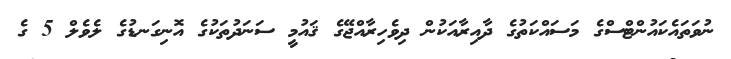
ނުވަތައެކައުންޓްސްގެ މަސައްކަތުގެ ދާއިރާއަކުން ދިވެހިރާއްޖޭގެ ޤައުމީ ސަނަދުތަކުގެ އޮނިގަނޑުގެ ލެވެލް 5 ގެ